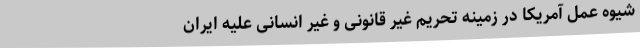
شیوه عمل آمریکا در زمینه تحریم غیر قانونی و غیر انسانی علیه ایران